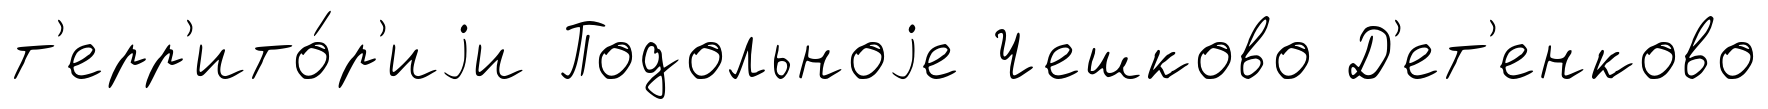
т'ерр'ито́р'иjи Подольноjе Чешково Д'ет'енково